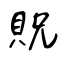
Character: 貺